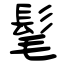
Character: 髦